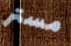
مستر